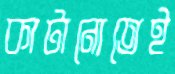
কাটানোতেই